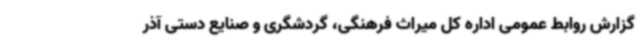
گزارش روابط عمومی اداره کل میراث فرهنگی، گردشگری و صنایع دستی آذر